Lunatic asylums in Bengal annual reports 1899-1911 - 1899-1911
Year: 1899
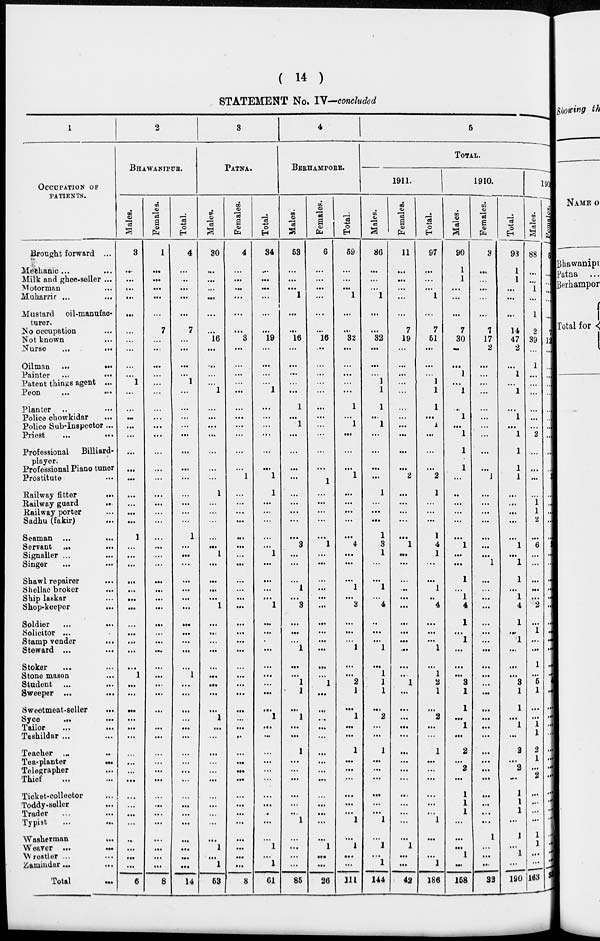
( 14 )
STATEMENT No. IV—concluded
1
OCCUPATION OF
PATIENTS.
Brought forward ...
Mechanic ... ...
Milk and ghee-seller ...
Motorman ...
Muharrir ... ...
Mustard
oil-manufac-
turer.
No occupation ...
Not known ...
Nurse ... ...
Oilman
...
...
Painter
...
...
Patent things agent ...
Peon ... ...
Planter
.. ...
Police chowkidar ...
Police Sub-Inspector ...
Priest
...
...
Professional
Billiard-
player.
Professional Piano tuner
Prostitute ...
Railway
fitter
...
Railway guard
..
Railway porter ...
Sadhu (fakir) ...
Seaman ...
...
Servant
... ...
Signaller ...
Singer ... ...
Shawl repairer ...
Shellac broker ...
Ship laskar ...
Shop-keeper
...
Soldier
...
...
Solicitor ... .
Stamp vender
...
Steward ... ...
Stoker ... ...
Stone mason
...
Student ... ...
Sweeper ...
...
Sweetmeat-seller
...
Syce
...
...
Tailor ... ...
Tashildar ... ...
Teacher ... ...
Tea-planter ...
Telegrapher ...
Thief ... ...
Ticket-collector ...
Toddy-seller ...
Trader ... ...
Typist ... ...
Washerman ...
Weaver ...
...
Wrestler ... ...
Zamindar ... ...
Total ...
2
BHAWANIPUR.
Males.
3
...
...
...
...
...
...
...
...
...
...
1
...
...
...
...
...
...
...
...
...
...
...
...
1
...
...
...
...
...
...
...
...
...
...
...
...
1
...
...
...
...
...
...
...
...
...
...
...
...
...
...
..
...
...
...
6
Females.
1
...
...
...
...
...
7
...
...
...
...
...
...
...
...
...
...
...
...
...
...
...
...
...
...
...
...
...
...
...
...
...
...
...
...
...
...
...
...
...
...
...
...
...
...
...
...
...
...
...
...
...
...
...
...
...
8
Total.
4
...
...
...
...
...
7
...
...
...
...
1
...
...
...
...
...
...
...
...
...
...
...
...
1
...
...
...
...
...
...
...
...
...
...
...
...
1
...
...
...
...
...
...
...
...
...
...
...
...
...
...
...
...
...
...
14
3
PATNA.
Males.
30
...
...
...
...
...
...
16
...
...
...
...
1
...
...
...
...
...
...
...
1
...
...
...
...
...
1
...
...
...
...
1
...
...
...
...
...
...
...
...
...
1
...
...
...
...
...
...
...
...
...
...
...
1
...
1
53
Females.
4
...
...
...
...
...
...
3
...
...
...
...
...
...
...
...
...
...
...
1
...
...
...
...
...
...
...
...
...
...
...
...
...
...
...
...
...
...
...
...
...
...
...
...
...
...
...
...
...
...
...
...
...
...
...
...
8
Total.
34
...
...
...
...
...
...
19
...
...
...
...
1
...
...
...
...
...
...
1
1
...
...
...
...
...
1
...
...
...
...
1
...
...
...
...
...
...
...
...
...
1
...
...
...
...
...
...
...
...
..
...
...
1
...
1
61
4
BERHAMPORE.
Males.
53
...
...
...
1
...
...
16
...
...
...
...
...
1
...
1
...
...
...
...
...
...
...
...
...
3
...
...
...
1
...
3
...
...
...
1
...
...
1
1
...
1
...
...
1
...
...
...
...
...
..
1
...
...
...
...
85
Females.
6
...
...
...
...
...
...
16
...
...
...
...
...
...
...
...
...
...
...
1
...
...
...
...
...
1
...
...
...
...
...
...
...
...
...
...
...
...
1
...
...
...
...
...
...
...
...
...
...
...
...
...
...
1
...
...
26
Total.
59
...
...
...
1
...
...
32
...
...
...
...
...
1
...
1
...
...
...
1
...
...
...
...
...
4
...
...
...
1
...
3
...
...
...
1
...
...
2
1
...
1
...
...
1
...
...
...
...
...
...
1
...
1
...
...
111
5
TOTAL.
1911.
Males.
86
...
...
...
1
...
...
32
...
...
...
1
1
1
...
1
...
...
...
...
1
...
...
...
1
3
1
...
...
1
...
4
..
...
...
1
...
1
1
1
...
2
...
...
1
...
...
...
...
...
...
1
...
1
...
1
144
Females.
11
...
...
...
...
...
7
19
...
...
...
...
...
...
...
...
...
...
...
2
...
...
...
...
...
1
...
...
...
...
...
...
...
...
...
...
...
..
1
...
...
...
...
...
...
...
...
...
...
...
...
...
...
1
...
...
42
Total.
97
...
...
...
1
...
7
61
...
...
...
1
1
1
...
1
...
...
...
2
1
...
...
...
1
4
1
...
...
1
..
4
...
...
...
1
...
1
2
1
...
2
...
...
1
...
...
...
...
...
...
1
...
...
1
186
1910.
Males.
90
1
1
...
...
...
7
30
...
...
1
...
1
...
1
...
1
1
1
...
...
...
...
...
...
1
...
...
1
...
1
4
1
...
1
...
...
...
3
1
1
...
1
...
2
...
2
...
1
1
1
...
...
...
1
...
158
Females.
3
...
...
...
...
...
1
17
2
...
...
...
...
...
...
...
...
...
...
1
...
...
...
...
...
...
...
1
...
...
...
...
...
...
...
...
...
...
...
...
...
...
...
...
...
...
...
...
...
...
...
...
1
...
...
...
32
Total.
93
1
1
...
...
...
14
47
2
...
1
...
1
...
1
...
1
1
1
1
...
...
...
...
...
1
...
1
1
...
1
4
1
...
1
...
...
...
3
1
1
...
1
...
2
...
2
...
1
1
1
...
1
1
1
...
190
1909.
Males.
88
...
...
1
...
1
2
39
...
1
...
...
...
...
...
...
2
...
...
...
...
1
1
2
...
6
...
...
...
...
...
2
...
1
...
...
1
...
5
1
...
...
1
1
2
1
...
2
...
...
...
...
1
1
...
...
163
Females.
5
...
...
...
...
7
12
...
...
...
...
...
...
...
...
...
...
...
...
...
...
...
...
...
2
...
...
...
...
...
...
...
...
...
...
...
...
4
...
...
...
...
...
...
...
...
...
...
...
...
...
...
...
...
...
33